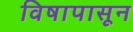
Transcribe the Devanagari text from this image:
विषापासून